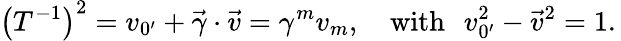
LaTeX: \left(T^{-1}\right)^{2}=v_{0^{\prime}}+\vec{\gamma}\cdot\vec{v}=\gamma^{m}v_{m},\quad\mathrm{{with\, \, \, \, }}v_{0^{\prime}}^{2}-\vec{v}^{2}=1.\mathrm{{\, }}